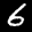
Label: 6